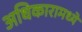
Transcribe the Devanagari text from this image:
अधिकारामध्ये